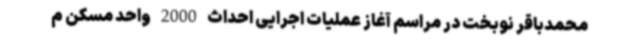
محمدباقر نوبخت در مراسم آغاز عملیات اجرایی احداث 2000 واحد مسکن م